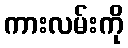
ကားလမ်းကို